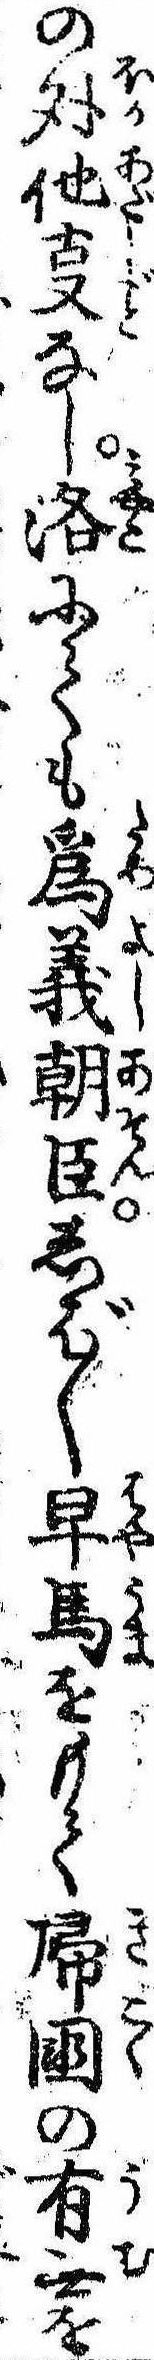
の外他なし洛にても為義朝臣しば〱早馬をもて帰国の有無を